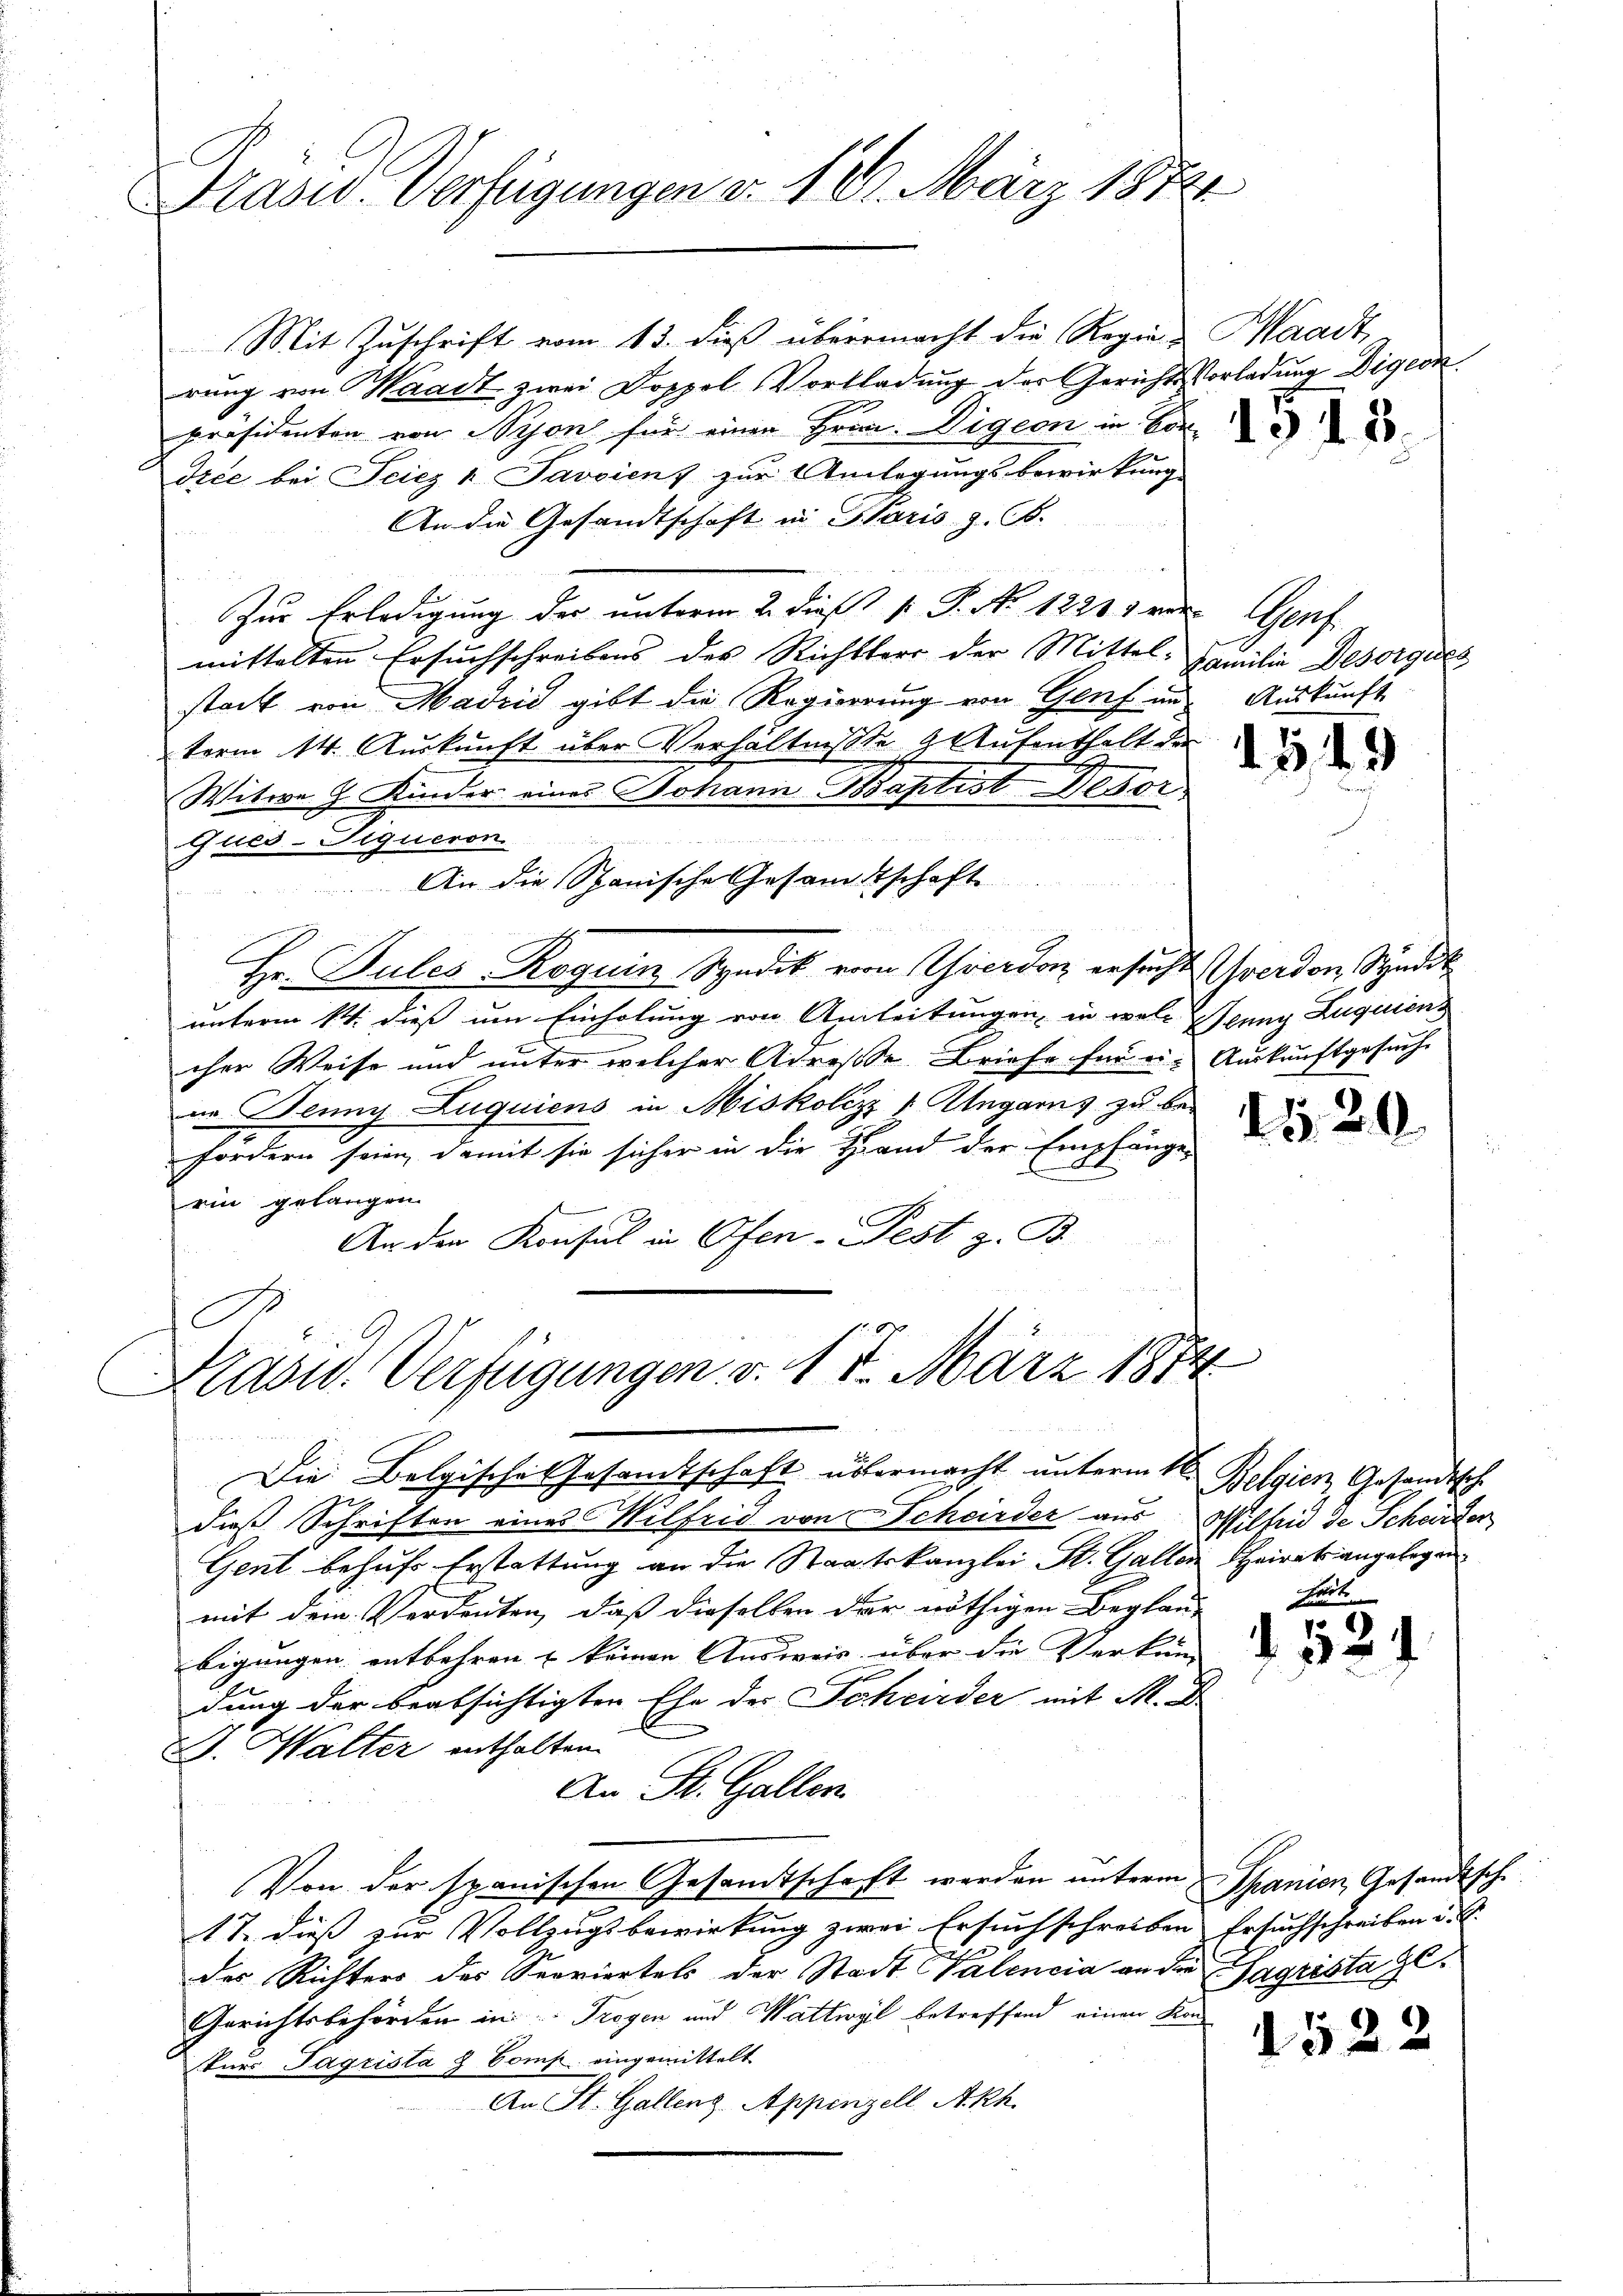
Präsid. Verfügungen v. 18. März 1872

Mit Zuschrift vom 13. dieß übermacht die Regien Waadt,
rŭng von Waadt zwei Doppel Vorladung der Gericht Vorladung Digeor
präsidenten von Nyon für einen Frau. Vigern in Vor
dree bei Seiez 4 Javoient zur Anlegungsbewirkung
An die Gesandtschaft in Paris z. B.
Zur Erledigung der unterm 2. dieß P. P. Nr. 12239 vor. Genf
mittelten Ersuchschreibens des Richtserr der Mittel. Familie Desorgues
stock von Madrid gibt die Regierung von Genf an Auskunft
term 14. Auskunft über Verhältnisse 9. Aufenthalt der
Witwe J. Kinder eines Johann Baptist Besor
Gued-Siqueron
Hr. Pules Roguin Syndik von Thierdon ersucht werden Syndik
unterm 14. dieß um Einholung von Anleitungen, in wele Jenny Luquiens
cher Weise und unter welcher Adrese Briefe für ei- Auskunftgesuche
in Denny Luquiens in Miskolizz 1 Ungarns zu be-
fordern seien, damit sie sicher in die Hand der Empfänge,
ein gelangen
An den Konsul in Ofen-Fest B
C
Kasw. Verfügungen v. 18. März 1874
Die Belgische Gesamtschaft übermacht unterm 1ten Belgien Gesandtsch
daß Schriften eines Nilfrid von Scheider aus Millis de Scheider
Gent behufs Erstattung an die Staatskanzlei St. Gallen Heirat angelegen
mit dem Verdenten, daß dieselben der nöthigen Beglau-
bigungen entbehren & keinen Ausweis über die Perkung au
dung der beabsichtigten Ehe der Scheider mit M. D.
G. Walter enthalten.
An St. Gallen.
Von der spanischen Gesandtschaft werden unterm Spanien, Gesandtsch.
17. dieß zur Vollzugsbewirkung zwei Ersuchschreiben Ersuchschreiben u. s.
des Richters des Serviertels der Stadt Valencia an die
Gerichtsbehörden in Trogen und Wattwyl betreffend einen Kan
skurs Pagrista & Comp. eingemittelt
An St. Gallenz, Appenzell A.Rh.

An die Spanische Gesamtschaft

1549

15. 29

heute

p

agrista zu

1522

2